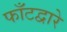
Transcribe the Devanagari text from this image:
फाँटद्वारे